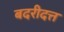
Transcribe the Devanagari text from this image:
बदरीदत्त